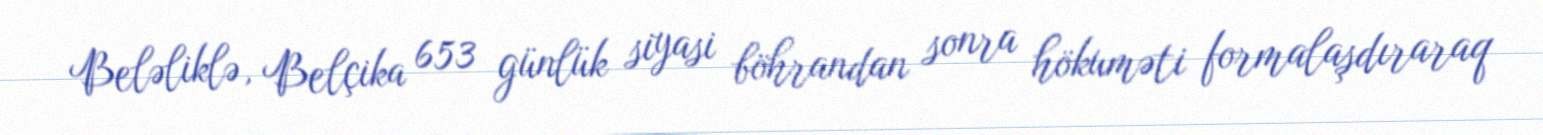
Beləliklə, Belçika 653 günlük siyasi böhrandan sonra hökuməti formalaşdıraraq